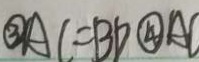
\textcircled { 3 } A C = B D \textcircled { 4 } A C